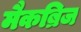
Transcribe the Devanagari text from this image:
मैकब्रिज